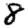
Digit: 8